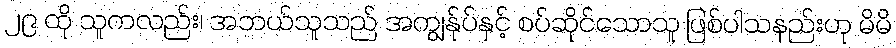
၂၉ ထို သူကလည်း၊ အဘယ်သူသည် အကျွန်ုပ်နှင့် စပ်ဆိုင်သောသူ ဖြစ်ပါသနည်းဟု မိမိ